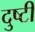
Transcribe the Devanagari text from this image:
दुष्टी